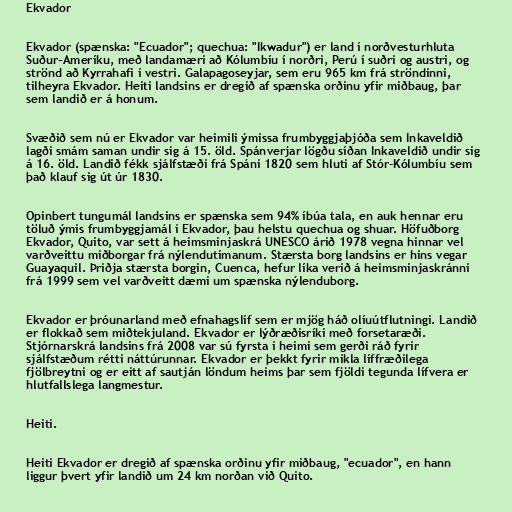
Ekvador

Ekvador (spænska: "Ecuador"; quechua: "Ikwadur") er land í norðvesturhluta
Suður-Ameríku, með landamæri að Kólumbíu í norðri, Perú í suðri og austri, og
strönd að Kyrrahafi í vestri. Galapagoseyjar, sem eru 965 km frá ströndinni,
tilheyra Ekvador. Heiti landsins er dregið af spænska orðinu yfir miðbaug, þar
sem landið er á honum.

Svæðið sem nú er Ekvador var heimili ýmissa frumbyggjaþjóða sem Inkaveldið
lagði smám saman undir sig á 15. öld. Spánverjar lögðu síðan Inkaveldið undir sig
á 16. öld. Landið fékk sjálfstæði frá Spáni 1820 sem hluti af Stór-Kólumbíu sem
það klauf sig út úr 1830.

Opinbert tungumál landsins er spænska sem 94% íbúa tala, en auk hennar eru
töluð ýmis frumbyggjamál í Ekvador, þau helstu quechua og shuar. Höfuðborg
Ekvador, Quito, var sett á heimsminjaskrá UNESCO árið 1978 vegna hinnar vel
varðveittu miðborgar frá nýlendutímanum. Stærsta borg landsins er hins vegar
Guayaquil. Þriðja stærsta borgin, Cuenca, hefur líka verið á heimsminjaskránni
frá 1999 sem vel varðveitt dæmi um spænska nýlenduborg.

Ekvador er þróunarland með efnahagslíf sem er mjög háð olíuútflutningi. Landið
er flokkað sem miðtekjuland. Ekvador er lýðræðisríki með forsetaræði.
Stjórnarskrá landsins frá 2008 var sú fyrsta í heimi sem gerði ráð fyrir
sjálfstæðum rétti náttúrunnar. Ekvador er þekkt fyrir mikla líffræðilega
fjölbreytni og er eitt af sautján löndum heims þar sem fjöldi tegunda lífvera er
hlutfallslega langmestur.

Heiti.

Heiti Ekvador er dregið af spænska orðinu yfir miðbaug, "ecuador", en hann
liggur þvert yfir landið um 24 km norðan við Quito.